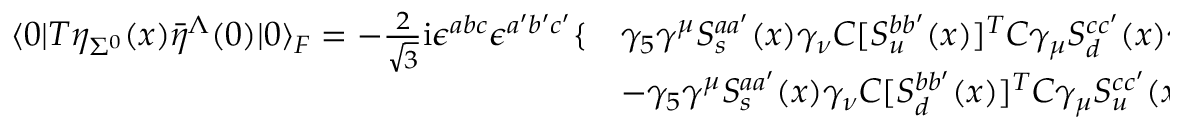
\begin{array} { l l } { { \langle 0 | T \eta _ { \Sigma ^ { 0 } } ( x ) { \bar { \eta } } ^ { \Lambda } ( 0 ) | 0 \rangle _ { F } = - { \frac { 2 } { \sqrt { 3 } } } \mathrm { i } \epsilon ^ { a b c } \epsilon ^ { a ^ { \prime } b ^ { \prime } c ^ { \prime } } \{ } } & { { \gamma _ { 5 } \gamma ^ { \mu } S _ { s } ^ { a a ^ { \prime } } ( x ) \gamma _ { \nu } C [ S _ { u } ^ { b b ^ { \prime } } ( x ) ] ^ { T } C \gamma _ { \mu } S _ { d } ^ { c c ^ { \prime } } ( x ) \gamma ^ { \nu } \gamma _ { 5 } } } \\ { { } } & { { - \gamma _ { 5 } \gamma ^ { \mu } S _ { s } ^ { a a ^ { \prime } } ( x ) \gamma _ { \nu } C [ S _ { d } ^ { b b ^ { \prime } } ( x ) ] ^ { T } C \gamma _ { \mu } S _ { u } ^ { c c ^ { \prime } } ( x ) \gamma ^ { \nu } \gamma _ { 5 } \} } } \end{array}